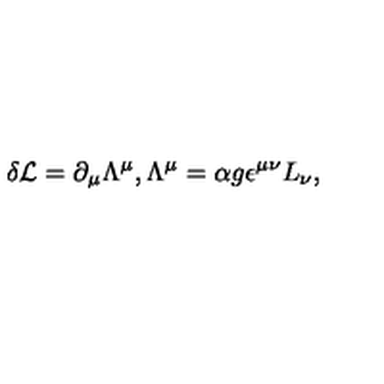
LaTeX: \delta { \cal L } = \partial _ { \mu } \Lambda ^ { \mu } , \Lambda ^ { \mu } = \alpha g \epsilon ^ { \mu \nu } L _ { \nu } ,